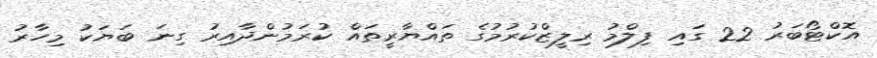
އޮކްޓޯބަރު 22 ގައި ފިލްމު ރިލީޒްކުރުމުގެ ތައްޔާރީތައް ކުރަމުންދާއިރު ގިނަ ބަޔަކު މިހާރު